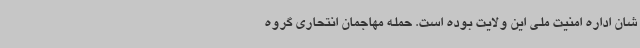
شان اداره امنیت ملی این ولایت بوده است. حمله مهاجمان انتحاری گروه